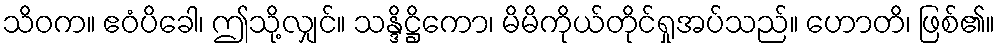
သိဝက။ ဧဝံပိခေါ၊ ဤသို့လျှင်။ သန္ဒိဋ္ဌိကော၊ မိမိကိုယ်တိုင်ရှုအပ်သည်။ ဟောတိ၊ ဖြစ်၏။